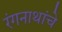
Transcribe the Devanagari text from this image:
रंगनाथांचे